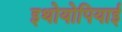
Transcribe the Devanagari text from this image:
इथोयोपियाई